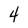
Character: 4